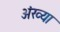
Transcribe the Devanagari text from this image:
अंख्या